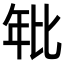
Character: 𭙂